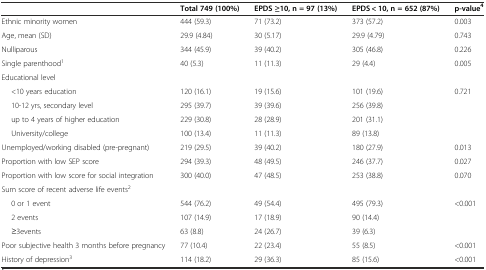
<table><thead><tr><td></td><td><b>Total 749 (100%)</b></td><td><b>EPDS ≥10, n = 97 (13%)</b></td><td><b>EPDS &lt; 10, n = 652 (87%)</b></td><td><b>p-value<sup>4</sup></b></td></tr></thead><tbody><tr><td>Ethnic minority women</td><td>444 (59.3)</td><td>71 (73.2)</td><td>373 (57.2)</td><td>0.003</td></tr><tr><td>Age, mean (SD)</td><td>29.9 (4.84)</td><td>30 (5.17)</td><td>29.9 (4.79)</td><td>0.743</td></tr><tr><td>Nulliparous</td><td>344 (45.9)</td><td>39 (40.2)</td><td>305 (46.8)</td><td>0.226</td></tr><tr><td>Single parenthood<sup>1</sup></td><td>40 (5.3)</td><td>11 (11.3)</td><td>29 (4.4)</td><td>0.005</td></tr><tr><td colspan="5">Educational level</td></tr><tr><td>&lt;10 years education</td><td>120 (16.1)</td><td>19 (15.6)</td><td>101 (19.6)</td><td>0.721</td></tr><tr><td>10-12 yrs, secondary level</td><td>295 (39.7)</td><td>39 (39.6)</td><td>256 (39.8)</td><td></td></tr><tr><td>up to 4 years of higher education</td><td>229 (30.8)</td><td>28 (28.9)</td><td>201 (31.1)</td><td></td></tr><tr><td>University/college</td><td>100 (13.4)</td><td>11 (11.3)</td><td>89 (13.8)</td><td></td></tr><tr><td>Unemployed/working disabled (pre-pregnant)</td><td>219 (29.5)</td><td>39 (40.2)</td><td>180 (27.9)</td><td>0.013</td></tr><tr><td>Proportion with low SEP score</td><td>294 (39.3)</td><td>48 (49.5)</td><td>246 (37.7)</td><td>0.027</td></tr><tr><td>Proportion with low score for social integration</td><td>300 (40.0)</td><td>47 (48.5)</td><td>253 (38.8)</td><td>0.070</td></tr><tr><td colspan="5">Sum score of recent adverse life events<sup>2</sup></td></tr><tr><td>0 or 1 event</td><td>544 (76.2)</td><td>49 (54.4)</td><td>495 (79.3)</td><td>&lt;0.001</td></tr><tr><td>2 events</td><td>107 (14.9)</td><td>17 (18.9)</td><td>90 (14.4)</td><td></td></tr><tr><td>≥3events</td><td>63 (8.8)</td><td>24 (26.7)</td><td>39 (6.3)</td><td></td></tr><tr><td>Poor subjective health 3 months before pregnancy</td><td>77 (10.4)</td><td>22 (23.4)</td><td>55 (8.5)</td><td>&lt;0.001</td></tr><tr><td>History of depression<sup>3</sup></td><td>114 (18.2)</td><td>29 (36.3)</td><td>85 (15.6)</td><td>&lt;0.001</td></tr></tbody></table>